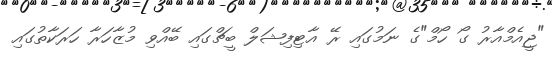
"ޖީއެމްއާރު ގޯ ހޯމް"ގެ ނަމުގައި ރޭ އާޓިފިޝަލް ބީޗްގައި ބޭއްވި މުޒާހަރާ ހަރަކާތުގައި